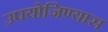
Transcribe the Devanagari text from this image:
उपयोजिण्यास